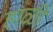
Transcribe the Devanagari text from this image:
हाळी